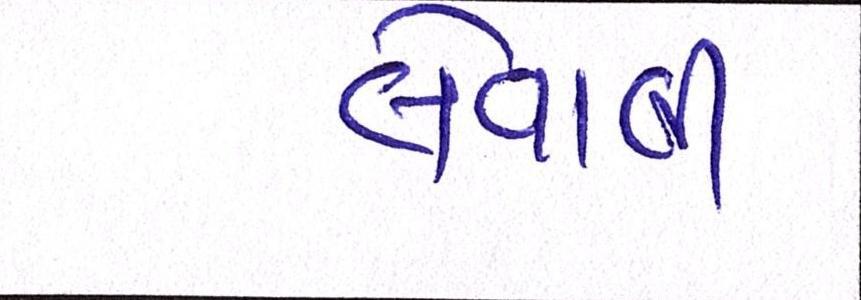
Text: લેવાલીઃ